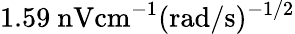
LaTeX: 1.59\ \mathrm{nV}\mathrm{cm}^{-1}(\mathrm{rad}/\mathrm{s})^{-1/2}